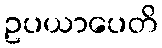
ဥပယာပေတိ